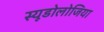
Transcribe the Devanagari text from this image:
स्यूडोलोजिया